Vaccination report Assam 1896-1927 - 1896-1927
Year: 1896
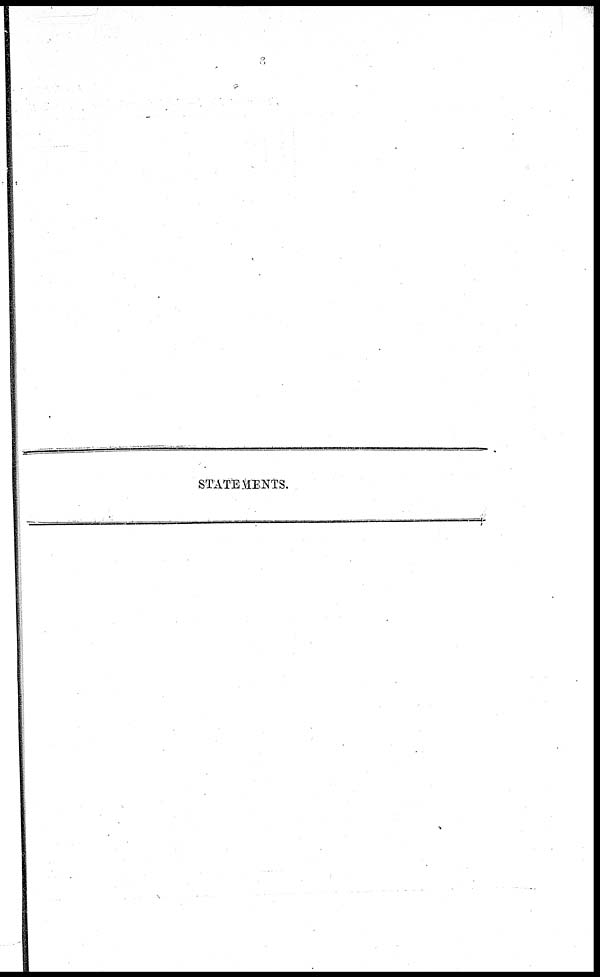
STATEMENTS.